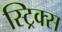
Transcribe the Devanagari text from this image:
स्ट्रिक्स